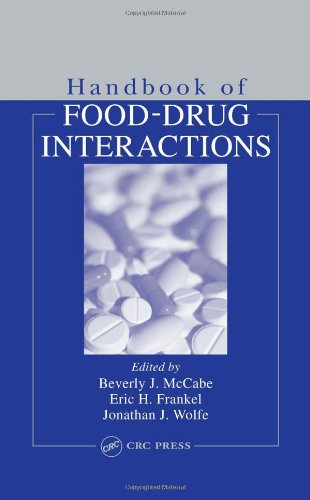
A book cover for Handbook of Food-Drug Interactions (Nutrition Assessment); Medical Books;